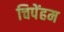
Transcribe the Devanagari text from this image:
चिपेंहम